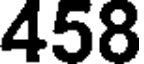
458